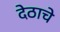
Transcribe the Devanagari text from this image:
देठाचे